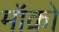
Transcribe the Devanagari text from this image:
मॉक्रो